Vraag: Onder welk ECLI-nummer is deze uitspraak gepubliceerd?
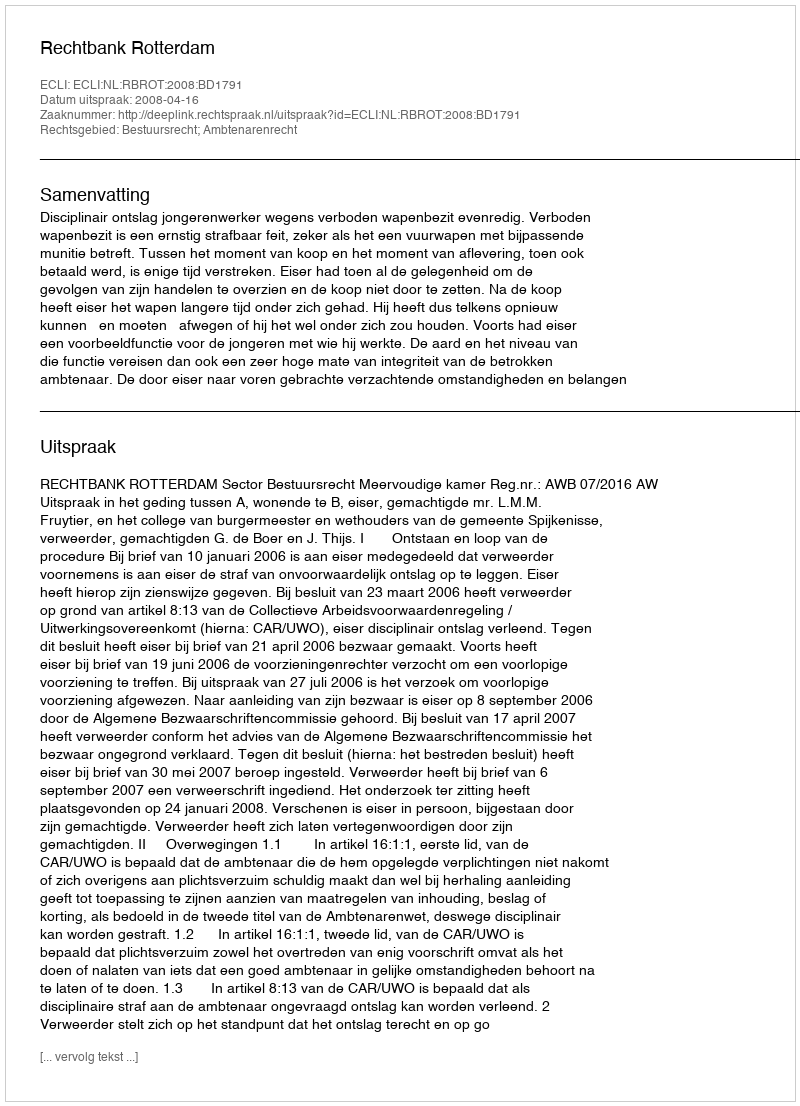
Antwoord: ECLI:NL:RBROT:2008:BD1791